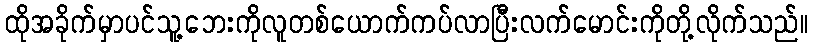
ထိုအခိုက်မှာပင်သူ့ဘေးကိုလူတစ်ယောက်ကပ်လာပြီးလက်မောင်းကိုတို့လိုက်သည်။